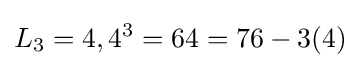
L_{3}=4,4^{3}=64=76-3(4)